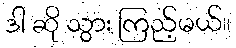
ဒါ ဆို သွား ကြည့်မယ်။